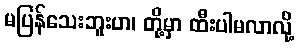
မပြန်သေးဘူးဟ၊ တို့မှာ ထီးပါမလာလို့